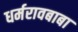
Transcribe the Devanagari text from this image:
धर्मरावबाबा